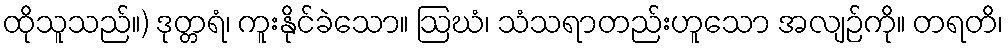
ထိုသူသည်။) ဒုတ္တရံ၊ ကူးနိုင်ခဲသော။ ဩဃံ၊ သံသရာတည်းဟူသော အလျဉ်ကို။ တရတိ၊